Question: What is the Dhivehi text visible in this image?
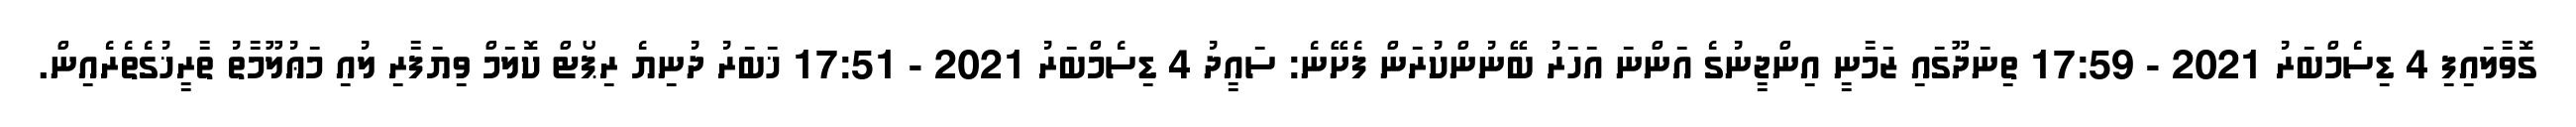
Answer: ގޮވާލައިފި 4 ޑިސެމްބަރު 2021 - 17:59 ތިނަދޫގައި ޒަމާނީ އިންޖީނުގެ އަންނަ އަހަރު ބޭނުންކުރަން ފެށޭނެ: ސައީދު 4 ޑިސެމްބަރު 2021 - 17:51 ޚަބަރު ދުނިޔެ ރިޕޯޓް ކޮލަމް ވިޔަފާރި ލުއި މަޢުލޫމާތު ތާރީޚުގެތެރެއިން.